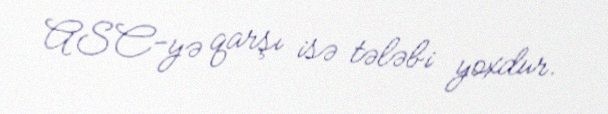
ASC-yə qarşı isə tələbi yoxdur.